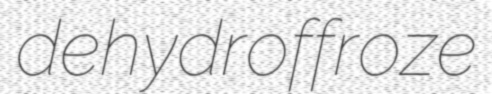
dehydroffroze